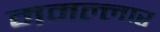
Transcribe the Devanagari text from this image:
ममल्लार